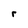
Character: r